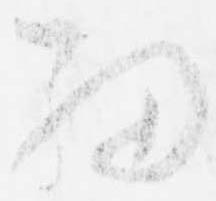
細